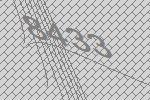
8433